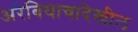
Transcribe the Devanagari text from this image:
अरेबियाचादेखील